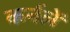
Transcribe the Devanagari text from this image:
कर्नलें